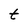
Character: t